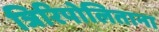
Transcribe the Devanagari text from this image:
त्रिरिपोलिताना